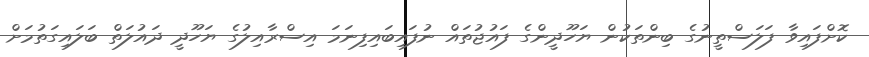
ކޮށްފައިވާ ފަލަސްތީނުގެ ބިންތަކުން ޔަހޫދީންގެ ފައުޖުތައް ނުފައިބައިފިނަމަ އިސްރާއިލުގެ ޔަހޫދީ ދައުލަތް ބަލައިގަތުމަށް